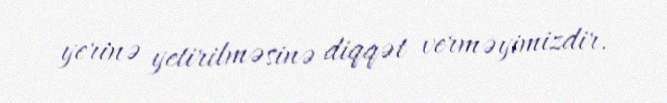
yerinə yetirilməsinə diqqət verməyimizdir.